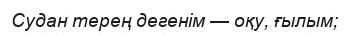
Судан терең дегенім — оқу, ғылым;